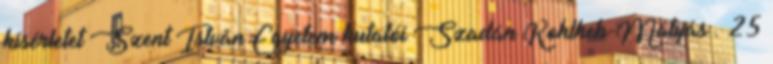
kísérletet Szent István Egyetem kutatói Szadán Kohlheb-Mátyás . 25